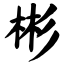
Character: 彬